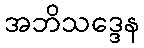
အဘိသဒ္ဒေန